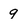
Character: 9